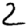
Digit: 2